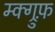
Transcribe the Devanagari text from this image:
म्क्ग्रुफ़